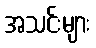
အသင်းများ